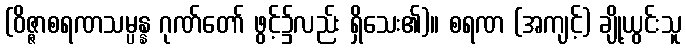
(ဝိဇ္ဇာစရဏသမ္ပန္န ဂုဏ်တော် ဖွင့်၌လည်း ရှိသေး၏)။ စရဏ (အကျင့်) ချို့ယွင်းသူ